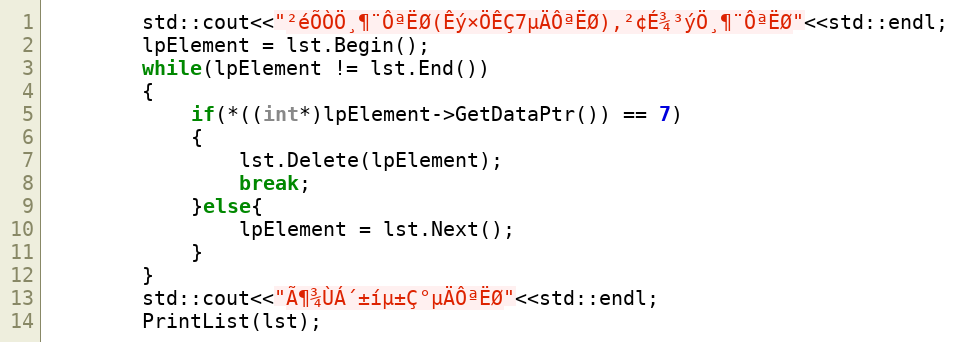
Language: C++
        std::cout<<"²éÕÒÖ¸¶¨ÔªËØ(Êý×ÖÊÇ7µÄÔªËØ),²¢É¾³ýÖ¸¶¨ÔªËØ"<<std::endl;
        lpElement = lst.Begin();
        while(lpElement != lst.End())
        {
            if(*((int*)lpElement->GetDataPtr()) == 7)
            {
                lst.Delete(lpElement);
                break;
            }else{
                lpElement = lst.Next();
            }
        }
        std::cout<<"Ã¶¾ÙÁ´±íµ±Ç°µÄÔªËØ"<<std::endl;
        PrintList(lst);